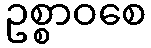
ဥစ္စာဝစေ